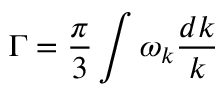
\Gamma = \frac { \pi } { 3 } \int \omega _ { k } \frac { d k } { k }